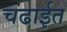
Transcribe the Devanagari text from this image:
चढाईत